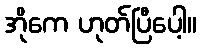
အိုကေ ဟုတ်ပြီပေါ့။